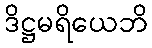
ဒိဋ္ဌမရိယေဘိ